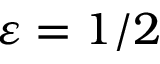
\varepsilon = 1 / 2